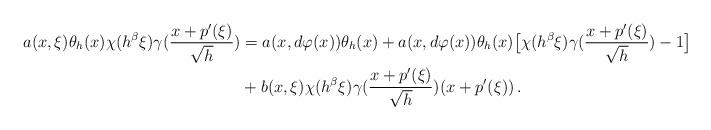
LaTeX: \begin{align*} a(x,\xi) \theta_h(x)\chi(h^{\beta}\xi) \gamma(\frac{x+p'(\xi)}{\sqrt{h}}) & = a(x, d\varphi(x)) \theta_h(x) + a(x, d\varphi(x))\theta_h(x) \big[\chi(h^{\beta}\xi)\gamma(\frac{x+p'(\xi)}{\sqrt{h}})-1\big] \\& + b(x,\xi) \chi(h^{\beta}\xi)\gamma(\frac{x+p'(\xi)}{\sqrt{h}})(x+p'(\xi))\, .\end{align*}